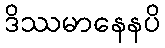
ဒိဿမာနေနပိ